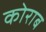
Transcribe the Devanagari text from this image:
कोराब